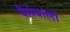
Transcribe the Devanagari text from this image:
पैसेवालों